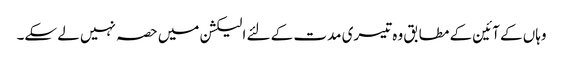
وہاں کے آئین کے مطابق وہ تیسری مدت کے لئے الیکشن میں حصہ نہیں لے سکے۔